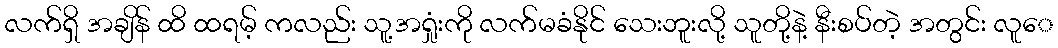
လက်ရှိ အချိန် ထိ ထရမ့် ကလည်း သူ့အရှုံးကို လက်မခံနိုင် သေးဘူးလို့ သူတို့နဲ့ နီးစပ်တဲ့ အတွင်း လူေ